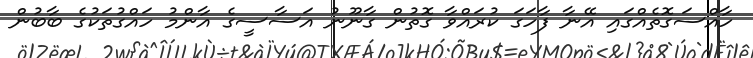
ހާއްސަގޮތެއްގައި އޭނާ ފާހަގަ ކުރައްވާ ގޮތުން ގާނޫނު އަސާސީގެ އާންމު ހައްގުތަކުގެ ބާބުން